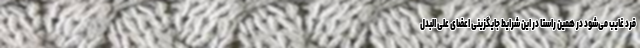
فرد غایب می‌شود در همین راستا در این شرایط جایگزینی اعضای علی البدل